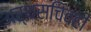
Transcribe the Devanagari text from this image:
अर्थसचिवही